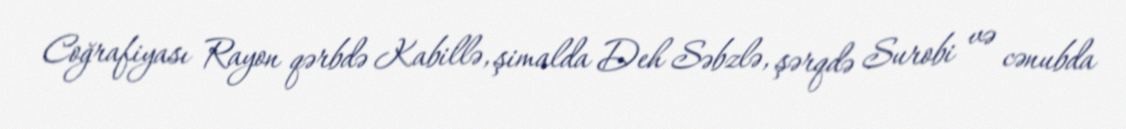
Coğrafiyası Rayon qərbdə Kabillə, şimalda Deh Səbzlə, şərqdə Surobi və cənubda